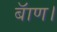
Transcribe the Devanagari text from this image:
बॅाण।